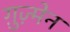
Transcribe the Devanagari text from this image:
ग़ुज़्मेन